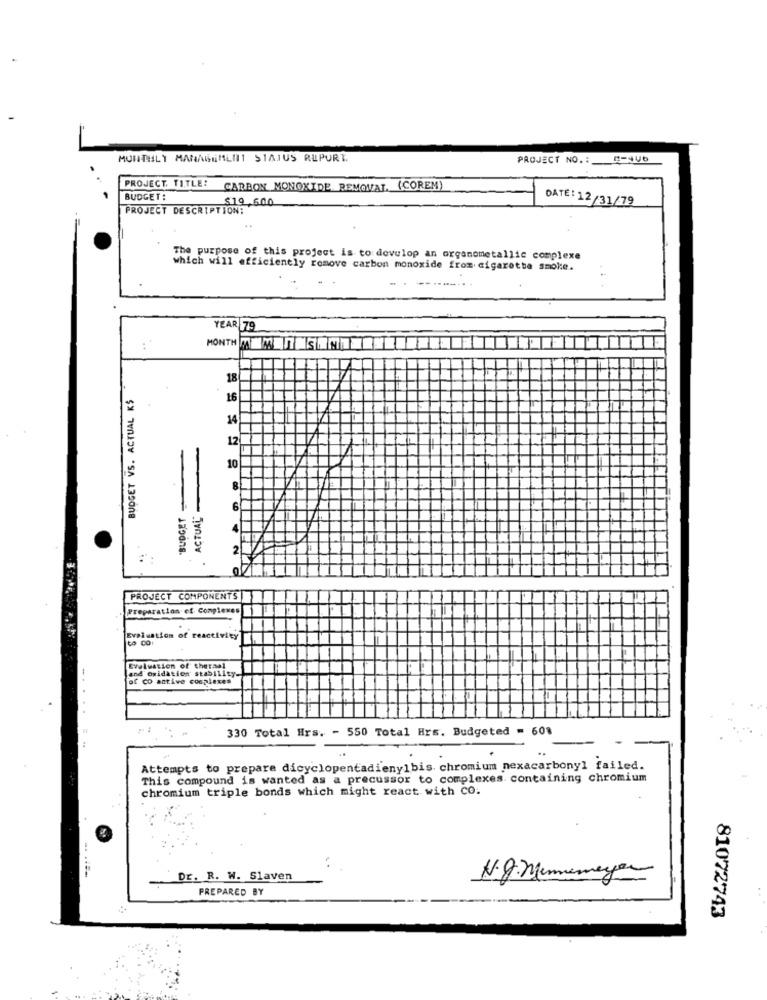
MONTHLY MANAGEMENT STATUS REPORT.
PROJECT NO. :
PROJECT, TITLE:
CARBON MONOXIDE REMOVAL. (COREM)
BUDGET:
$19,500
DATE: 12/31/79
PROJECT DESCRIPTION:
The purpose of this project is to develop an organometallic complexe
which will efficiently remove carbon monoxide from cigarette smoke.
YEAR 79
MONTH MM INS
18
BUDGET VS. ACTUAL K$
16
14
12
-
10
BUDGET-
8
ACTUAL
6
2
OV
PROJECT COMPONENTS
Preparation of Complexes
Evaluation of reactivity
land oxidation stability-
Evaluation of thermal
of co active complexes
330 Total Hrs. - 550 Total Hrs. Budgeted = 60%
.
Attempts to prepare dicyclopentadienylbis. chromium nexacarbonyl failed.
This compound is wanted as a precussor to complexes containing chromium
chromium triple bonds which might react with CO.
Dr. R. W. Slaven
N.g. nememeyen
PREPARED BY
..
..
81072743